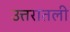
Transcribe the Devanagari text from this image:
उत्तरातली